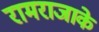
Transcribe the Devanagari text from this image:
रामराजाके